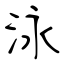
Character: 泳